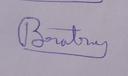
Signature authenticity: genuine